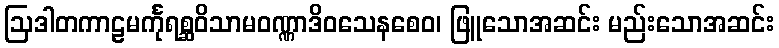
ဩဒါတကာဠမင်္ကုရစ္ဆဝိသာမဝဏ္ဏာဒိဝသေနစေဝ၊ ဖြူသောအဆင်း မည်းသောအဆင်း